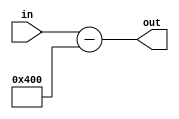
module Address_Mapping
  (
    input[31: 0] in,
    output[31:0] out
  );

  assign out = in - 32'b00000000000000000000010000000000;
endmodule